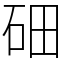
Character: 鿬